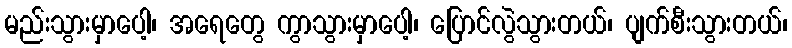
မည်းသွားမှာပေါ့၊ အရေတွေ ကွာသွားမှာပေါ့၊ ပြောင်လွဲသွားတယ်၊ ပျက်စီးသွားတယ်၊